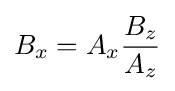
B_{x}=A_{x}{\frac {B_{z}}{A_{z}}}